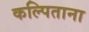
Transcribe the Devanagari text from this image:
कल्पिताना